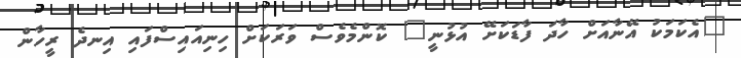
"އެކަމަކު އޭނާއަށް ހާދަ ފާޑަކަށޭ އުޅުނީ" ކޮންމެވެސް ވަރަކަށް ހިނިއައިސްފައި އިނދެ ރީހާން